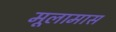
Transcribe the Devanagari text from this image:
मूलामास